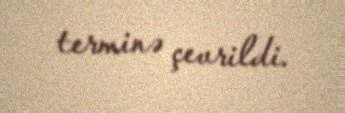
terminə çevrildi.